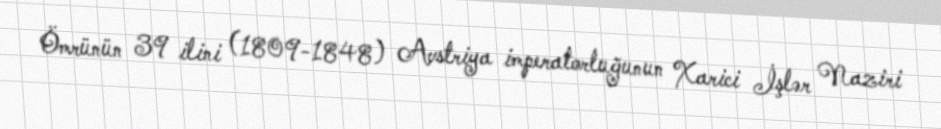
Ömrünün 39 ilini (1809-1848) Avstriya imperatorluğunun Xarici İşlər Naziri